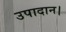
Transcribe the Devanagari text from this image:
उपादान।